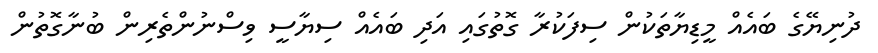
ދުނިޔޭގެ ބައެއް މީޑިޔާތަކުން ސިފަކުރާ ގޮތުގައި އަދި ބައެއް ސިޔާސީ ވިސްނުންތެރިން ބުނާގޮތުން